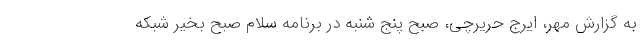
به گزارش مهر، ایرج حریرچی، صبح پنج شنبه در برنامه سلام صبح بخیر شبکه